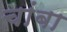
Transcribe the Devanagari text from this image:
चांबा